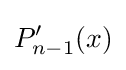
P'_{n-1}(x)